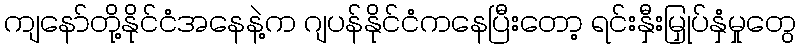
ကျနော်တို့နိုင်ငံအနေနဲ့က ဂျပန်နိုင်ငံကနေပြီးတော့ ရင်းနှီးမြှုပ်နှံမှုတွေ